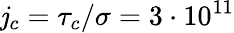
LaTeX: \mathit{j}_{c}=\tau_{c}/\sigma=3\cdot10^{11}